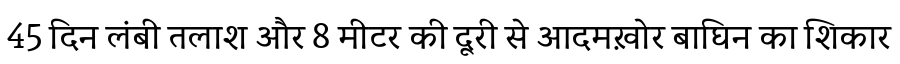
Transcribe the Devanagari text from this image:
45 दिन लंबी तलाश और 8 मीटर की दूरी से आदमख़ोर बाघिन का शिकार